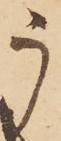
う